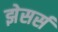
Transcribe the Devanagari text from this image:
झेसर्स